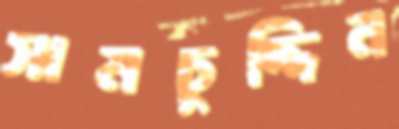
সামচুদ্দিন